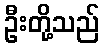
ဦးတို့သည်